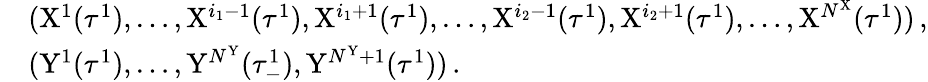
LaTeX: \begin{array}{rl}&{(\mathrm{X}^{1}(\tau^{1}),\dots,\mathrm{X}^{i_{1}-1}(\tau^{1}),\mathrm{X}^{i_{1}+1}(\tau^{1}),\dots,\mathrm{X}^{i_{2}-1}(\tau^{1}),\mathrm{X}^{i_{2}+1}(\tau^{1}),\dots,\mathrm{X}^{N^{\mathrm{X}}}(\tau^{1}))\, ,}\\ &{(\mathrm{Y}^{1}(\tau^{1}),\dots,\mathrm{Y}^{N^{\mathrm{Y}}}(\tau_{-}^{1}),\mathrm{Y}^{N^{\mathrm{Y}}+1}(\tau^{1}))\, .}\end{array}